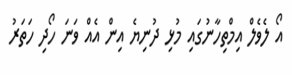
އޯ ލެވެލް އިމްތިހާނުގައި މުޅި ދުނިޔެ އިން އެއް ވަނަ ހޯދި ހަތަރު